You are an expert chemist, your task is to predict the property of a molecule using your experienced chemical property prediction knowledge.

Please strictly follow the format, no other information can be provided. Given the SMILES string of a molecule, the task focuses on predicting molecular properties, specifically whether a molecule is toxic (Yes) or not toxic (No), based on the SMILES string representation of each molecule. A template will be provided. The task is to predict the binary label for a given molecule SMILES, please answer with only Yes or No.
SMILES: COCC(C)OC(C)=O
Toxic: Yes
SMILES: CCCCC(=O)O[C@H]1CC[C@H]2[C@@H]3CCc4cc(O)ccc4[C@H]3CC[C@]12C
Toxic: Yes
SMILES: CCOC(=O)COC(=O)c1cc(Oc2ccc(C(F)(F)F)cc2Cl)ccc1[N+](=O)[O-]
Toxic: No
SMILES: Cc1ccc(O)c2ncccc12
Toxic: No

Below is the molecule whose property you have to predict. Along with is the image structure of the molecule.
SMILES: O=C(O)c1cccc(C(=O)O)c1C(=O)O
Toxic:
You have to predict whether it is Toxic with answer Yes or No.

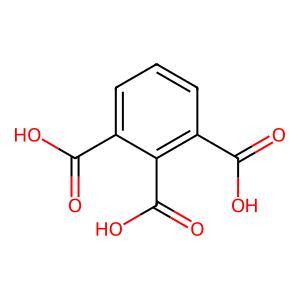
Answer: No